Leaving Certificate Examination (including Day School Certificate (Higher) General paper), 1935
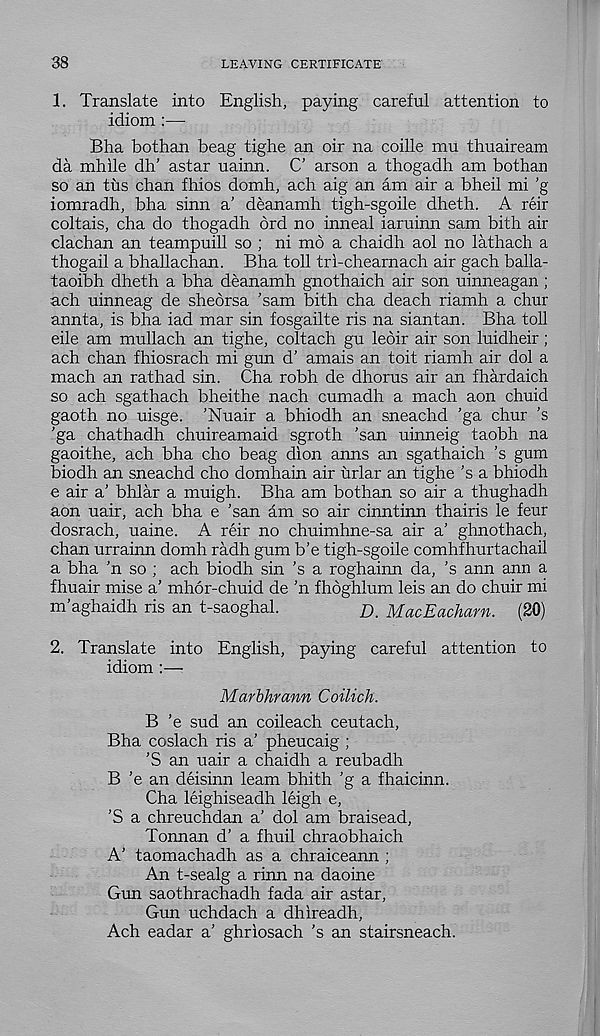
38
LEAVING CERTIFICATE
1. Translate into English, paying careful attention to
idiom :—
Bha bothan beag tighe an oir na coille mu thuaiream
da mhile dh’ astar uainn. C’ arson a thogadh am bothan
so an tus chan fhios domh, ach aig an am air a bheil mi ’g
iomradh, bha sinn a' deanamh tigh-sgoile dheth. A reir
coltais, cha do thogadh ord no inneal iaruinn sam bith air
clachan an teampuill so ; ni mo a chaidh aol no lathach a
thogail a bhallachan. Bha toll trl-chearnach air gach balla-
taoibh dheth a bha deanamh gnothaich air son uinneagan ;
ach uinneag de sheorsa 'sam bith cha deach riamh a chur
annta, is bha iad mar sin fosgailte ris na siantan. Bha toll
eile am mullach an tighe, coltach gu leoir air son luidheir;
ach chan fhiosrach mi gun d' amais an toit riamh air dol a
mach an rathad sin. Cha robh de dhorus air an fhardaich
so ach sgathach bheithe nach cumadh a mach aon chuid
gaoth no uisge. ’Nuair a bhiodh an sneachd ’ga chur 's
'ga chathadh chuireamaid sgroth ’san uinneig taobh na
gaoithe, ach bha cho beag dion anns an sgathaich \s gum
biodh an sneachd cho domhain air urlar an tighe ’s a bhiodh
e air a’ bhlar a muigh. Bha am bothan so air a thughadh
aon uair, ach bha e 'san am so air cinntinn thairis le feur
dosrach, uaine. A reir no chuimhne-sa air a' ghnothach,
chan urrainn domh radh gum b’e tigh-sgoile comhfhurtachail
a bha 'n so ; ach biodh sin 's a roghainn da, 's ann ann a
fhuair mise a’ mhor-chuid de 'n fhdghlum leis an do chuir mi
m'aghaidh ris an t-saoghal.
/}. MacEacharn. (20)
2. Translate into English, paying careful attention to
idiom :—
Marbhrann Coilich.
B 'e sud an coileach ceutach,
Bha coslach ris a’ pheucaig ;
'S an uair a chaidh a reubadh
B 'e an deisinn learn bhith 'g a fhaicinn.
Cha leighiseadh leigh e,
'S a chreuchdan a' dol am braisead,
Tonnan d’ a fhuil chraobhaich
A’ taomachadh as a chraiceann ;
An t-sealg a rinn na daoine
Gun saothrachadh fada air astar,
Gun uchdach a dhireadh,
Ach eadar a’ ghriosach 's an stairsneach.